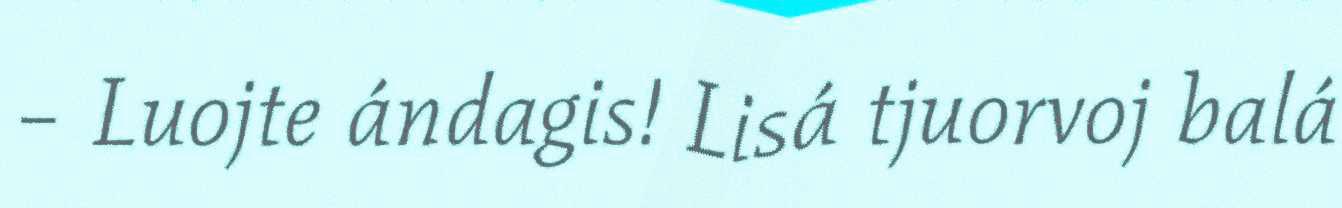
– Luojte ándagis! Lisá tjuorvoj balá